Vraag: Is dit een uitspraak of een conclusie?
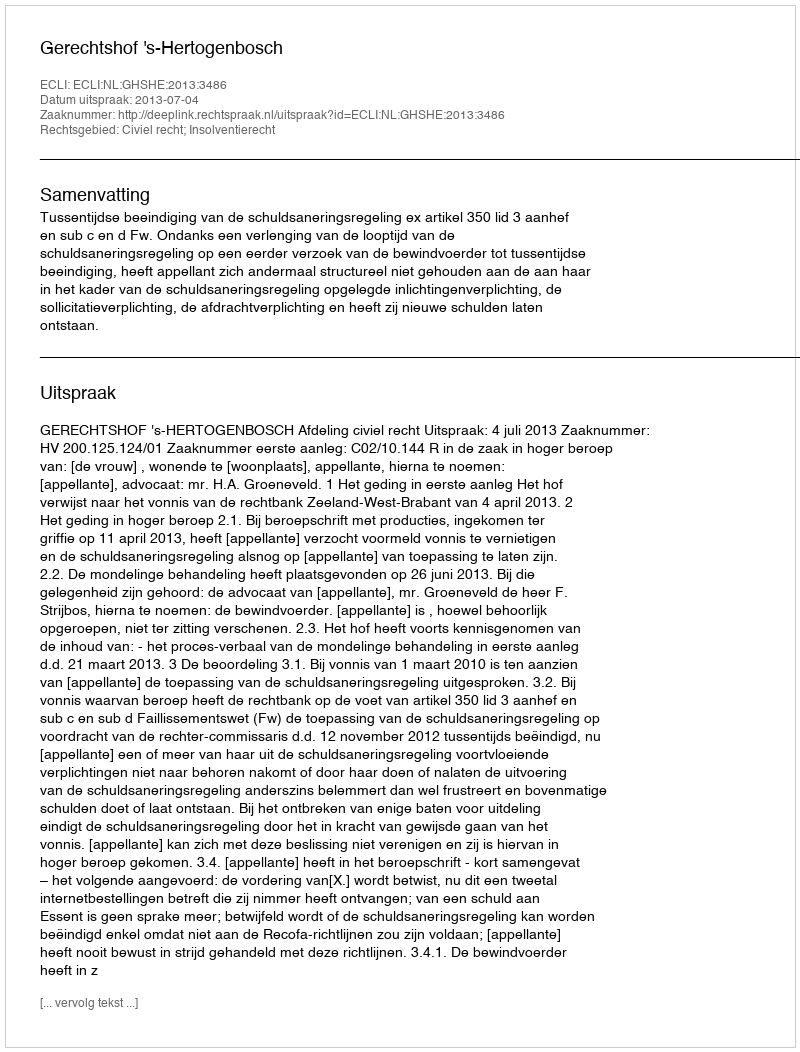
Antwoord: Uitspraak